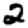
Digit: 2